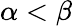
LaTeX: \alpha<\beta